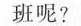
班呢?